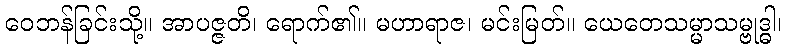
ဝေဘန်ခြင်းသို့။ အာပဇ္ဇတိ၊ ရောက်၏။ မဟာရာဇ၊ မင်းမြတ်။ ယေတေသမ္မာသမ္ဗုဒ္ဓါ၊